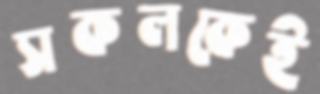
সকলকেই